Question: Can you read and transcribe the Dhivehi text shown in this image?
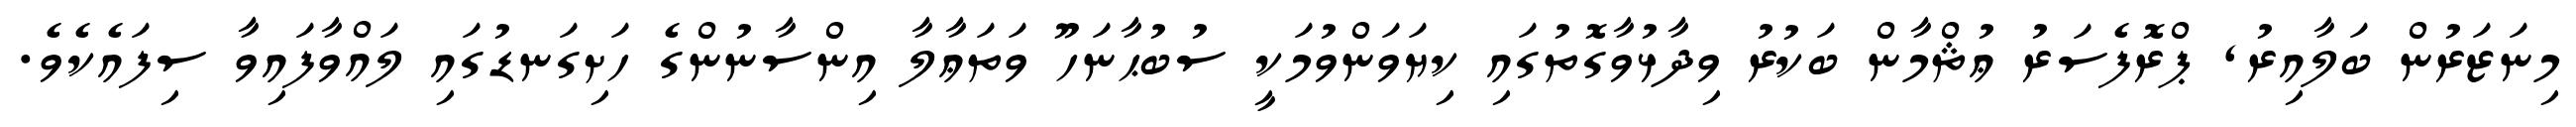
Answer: މިނަޒަރުން ބަލާއިރު, ޕްރޮފެސަރު ޢުޘްމާން ބަކުރު ވިދާޅުވާގޮތުގައި ކިޔަވަންވުމަކީ ސުބުޙާނަހޫ ވަތަޢާލާ އިންސާނުންގެ ހަށިގަނޑުގައި ލައްވާފައިވާ ސިފައެކެވެ.